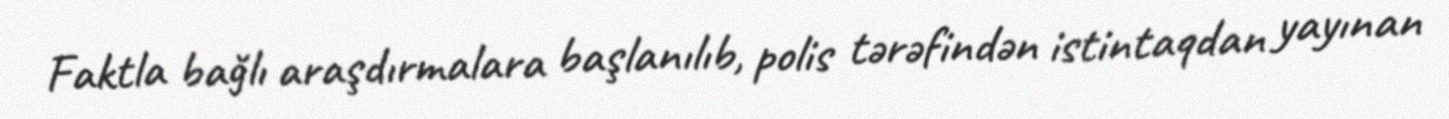
Faktla bağlı araşdırmalara başlanılıb, polis tərəfindən istintaqdan yayınan